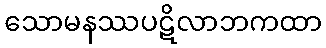
သောမနဿပဋိလာဘကထာ